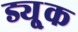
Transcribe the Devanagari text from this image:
ड्यू्क